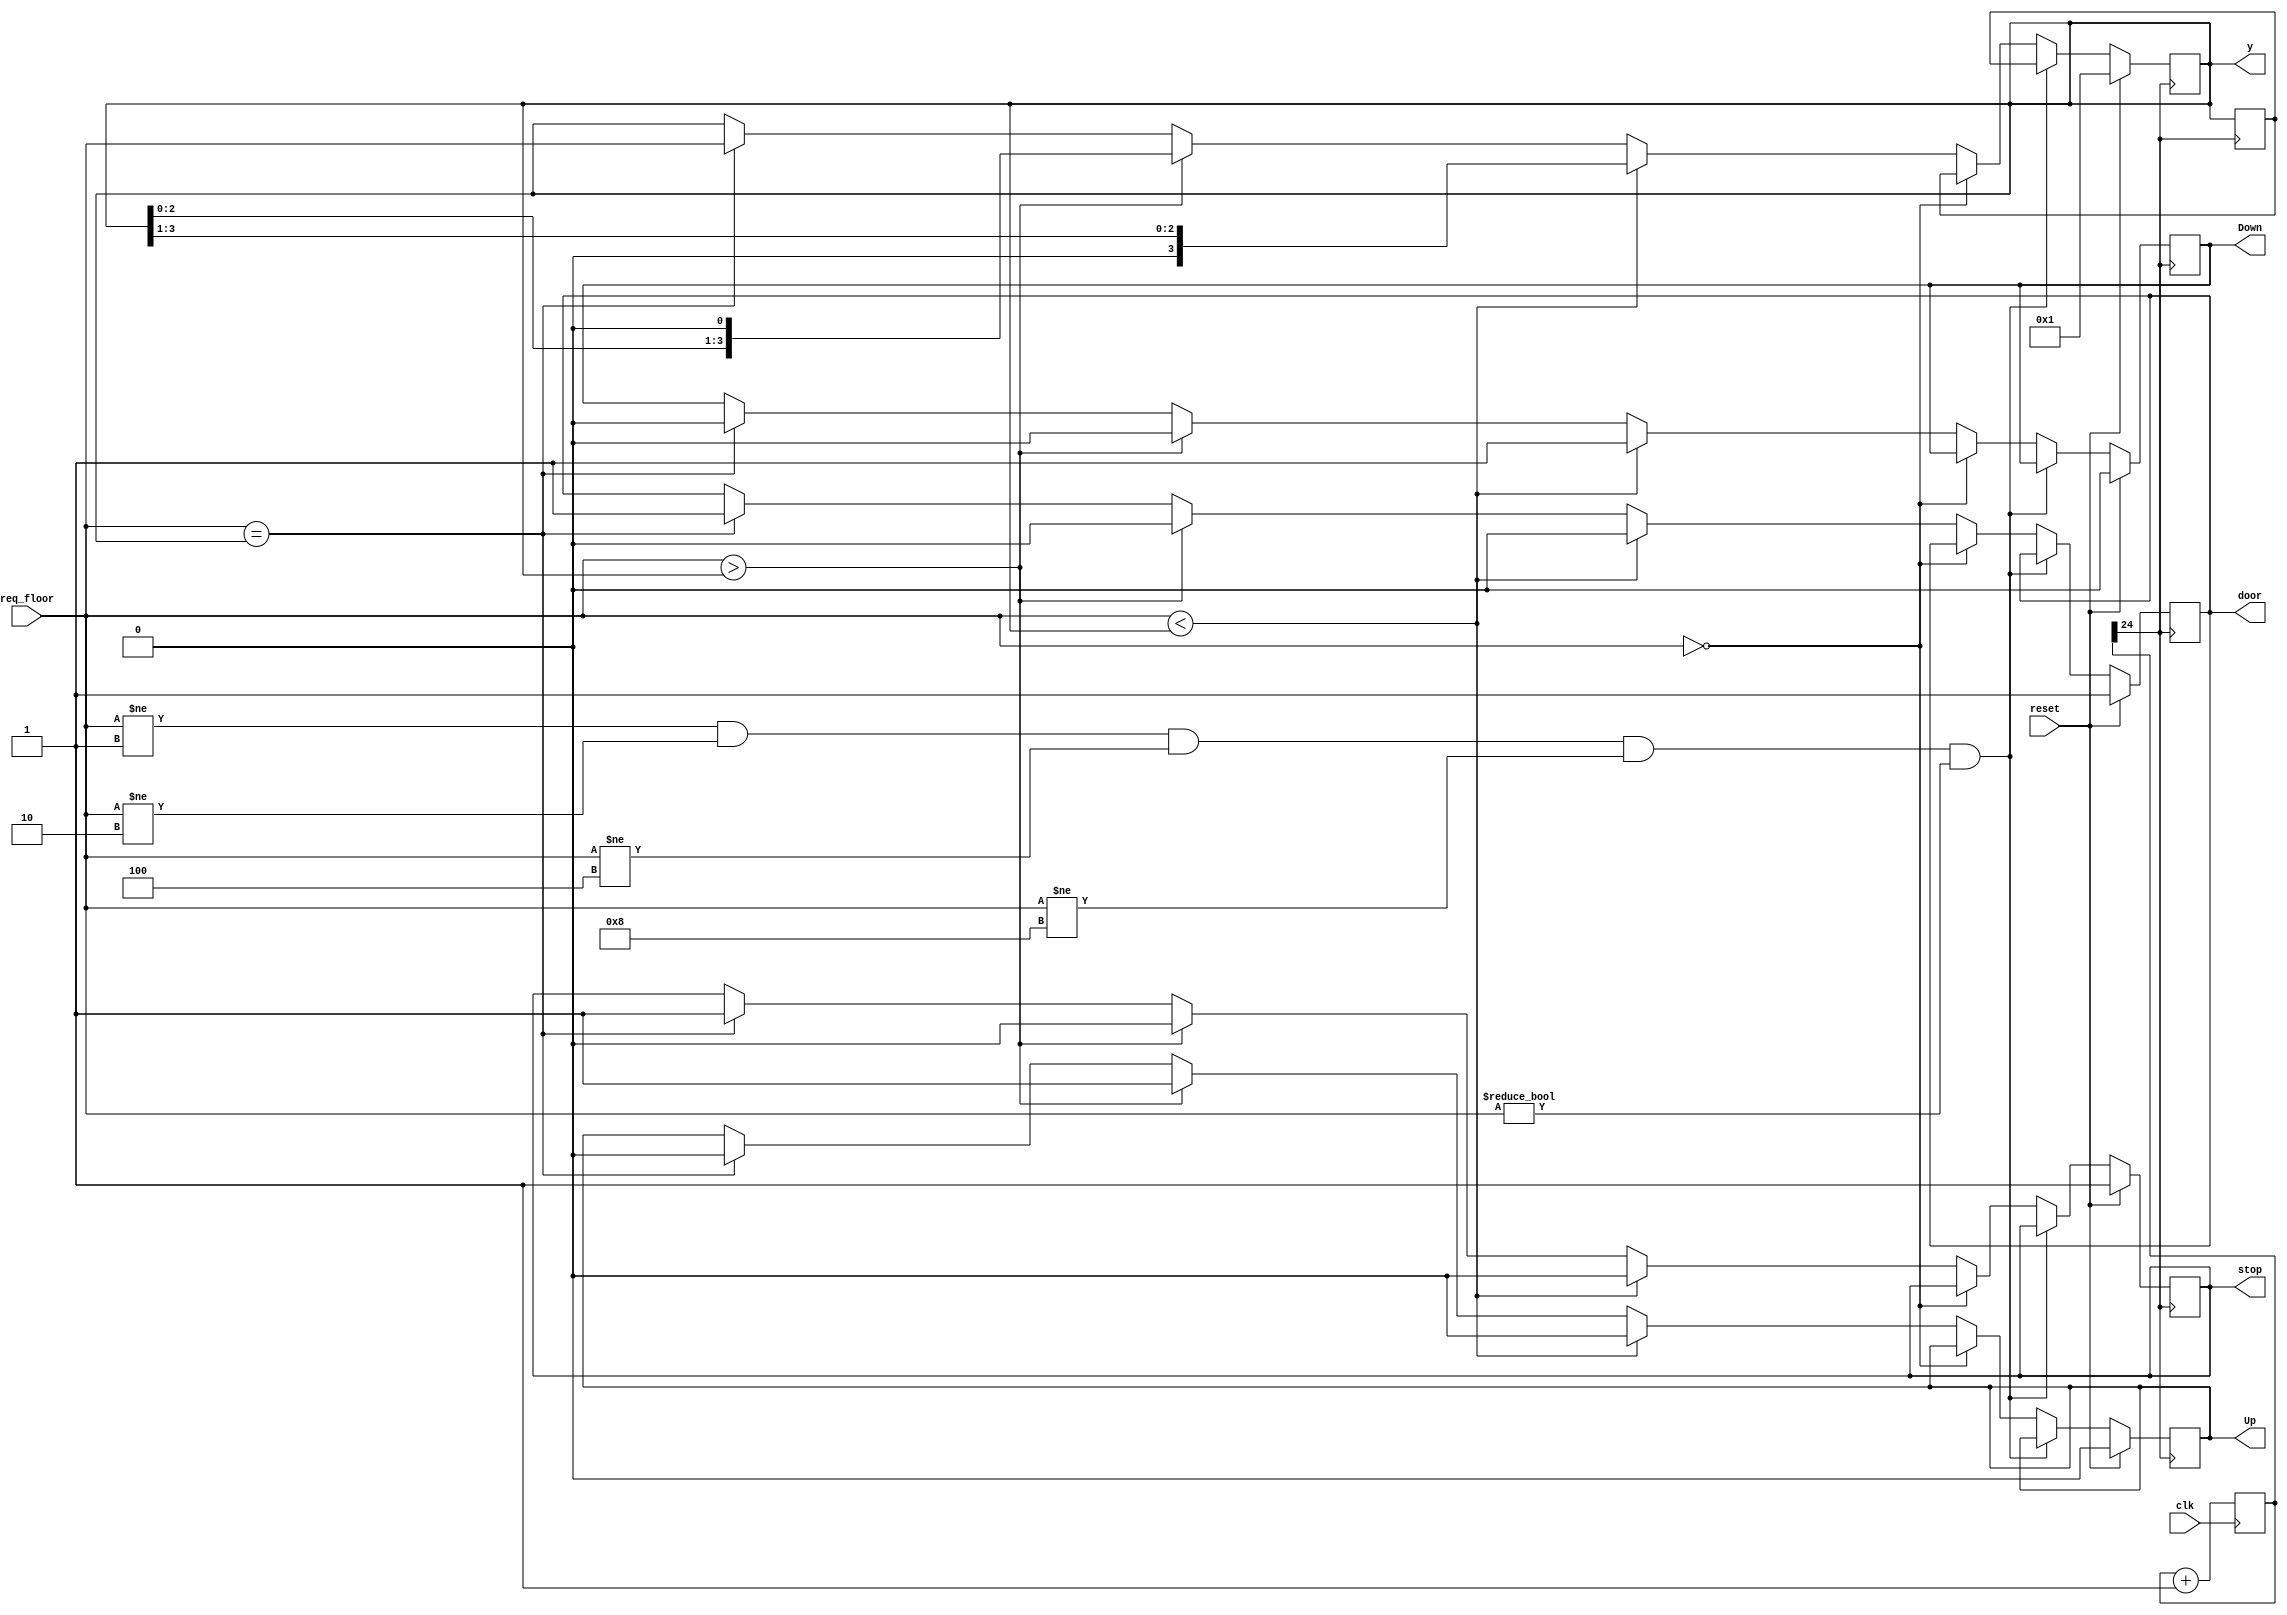
// Code your design here
`timescale 1ns / 1ps
//////////////////////////////////////////////////////////////////////////////////
// Company: 
// Engineer: 
// 
// Design Name: 
// Module Name: LiftC
// Project Name: 
// Target Devices: 
// Tool Versions: 
// Description: 
// 
// Dependencies: 
// 
// Revision:
// Revision 0.01 - File Created
// Additional Comments:
// 
//////////////////////////////////////////////////////////////////////////////////


module LiftC(clk,reset,req_floor,stop,door,Up,Down,y);



    input clk,reset;
    input [3:0] req_floor;
    output reg door=1'b1;
    output reg Up=1'b0;
    output reg Down=1'b0;
    output reg stop=1'b1;

    output [3:0] y;
    reg [3:0] cf=4'b0001 ;

    reg [31:0]clkdiv=32'd0;

    reg [3:0] temp;
    always @(posedge clk)
    begin
        clkdiv <= clkdiv+1;
    end
    always @ (posedge clkdiv[24])
    begin
        temp<=cf;

        if(reset)
            begin
                cf<=4'b0001;
                stop<=1'b1;
                door <= 1'b1;
                Up<=1'b0;
                Down<=1'b0;
            end
        else
            begin
                if((req_floor != 4'b0001) && (req_floor != 4'b0010) && (req_floor != 4'b0100) && (req_floor != 4'b1000)&&(req_floor!=4'b0000) )
                    begin
                        cf<=temp;
                    end
                else
                    begin
                        if(req_floor == 4'b0000)
                            begin
                                cf<=temp;
                            end
                        else if(req_floor < cf )
                            begin
                                cf<=cf >> 1;
                                door<=1'b0;
                                stop<=1'b0;
                                Up<=1'b0;
                                Down<=1'b1;
                            end


                        else if (req_floor > cf)
                            begin
                                cf <= cf << 1;
                                door<=1'b0;
                                stop<=1'b0;
                                Up<=1'b1;
                                Down<=1'b0;
                            end

                        else if(req_floor == cf )
                            begin
                                cf <= req_floor;
                                door<=1'b1;
                                stop<=1'b1;
                                Up<=1'b0;
                                Down<=1'b0;
                            end
                        


                    end


            end
    end

    assign y = cf;

endmodule